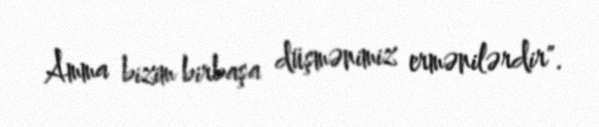
Amma bizim birbaşa düşmənimiz ermənilərdir".